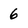
Character: 6